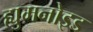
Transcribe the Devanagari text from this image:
ह्युमनोइड